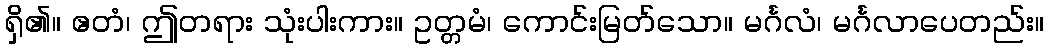
ရှိ၏။ ဧတံ၊ ဤတရား သုံးပါးကား။ ဥတ္တမံ၊ ကောင်းမြတ်သော။ မင်္ဂလံ၊ မင်္ဂလာပေတည်း။